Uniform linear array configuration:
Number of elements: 8
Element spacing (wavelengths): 0.75
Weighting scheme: uniform
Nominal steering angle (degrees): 15
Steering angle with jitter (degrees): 15.58
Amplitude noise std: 0.05
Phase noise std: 0.05

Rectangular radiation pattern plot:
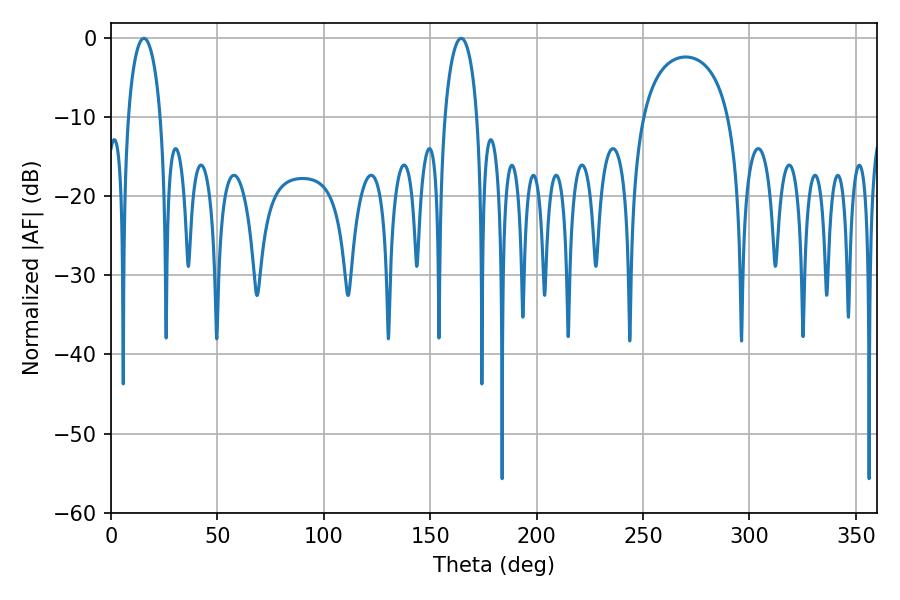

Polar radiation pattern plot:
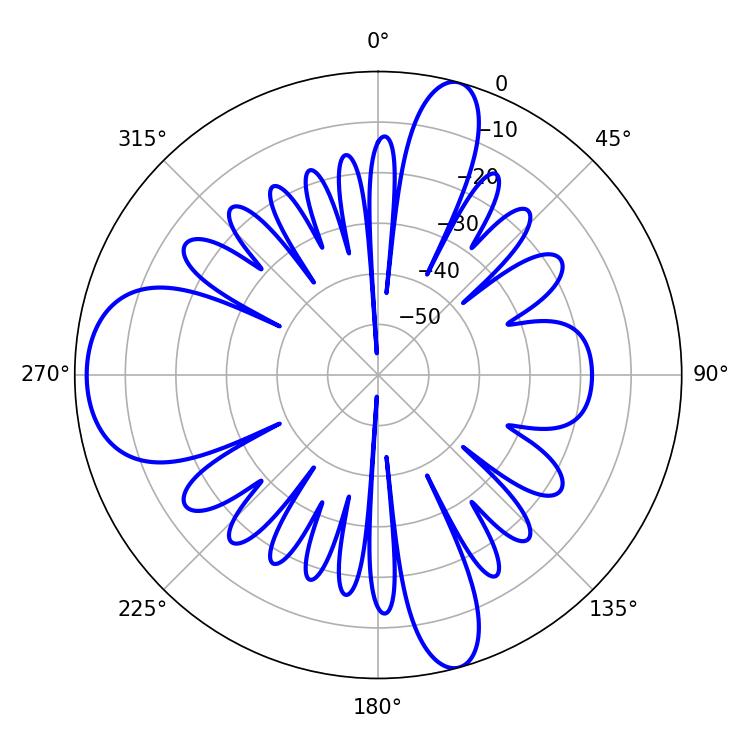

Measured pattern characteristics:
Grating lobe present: TRUE
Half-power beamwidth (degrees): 8.64
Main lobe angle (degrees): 164.52